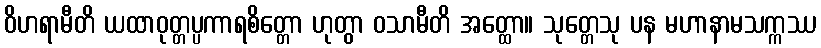
ဝိဟရာမီတိ ယထာဝုတ္တပ္ပကာရစိတ္တော ဟုတွာ ဝသာမီတိ အတ္ထော။ သုတ္တေသု ပန မဟာနာမသက္ကဿ